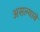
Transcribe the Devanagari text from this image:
असल्याबे